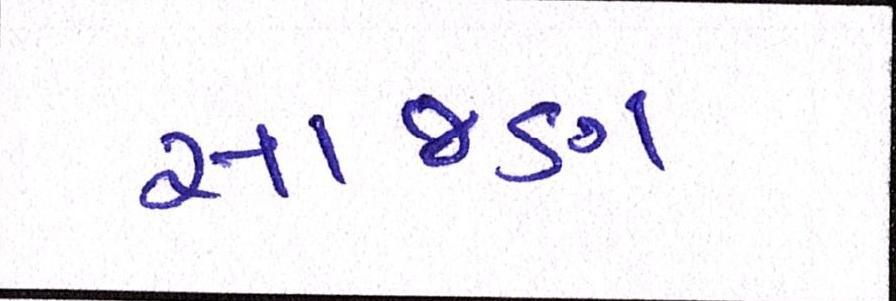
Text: સાજણ